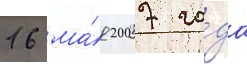
16 ма́я 2007 го́да